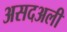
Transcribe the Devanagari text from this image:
असदअली